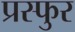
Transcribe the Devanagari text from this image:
प्रस्फुर